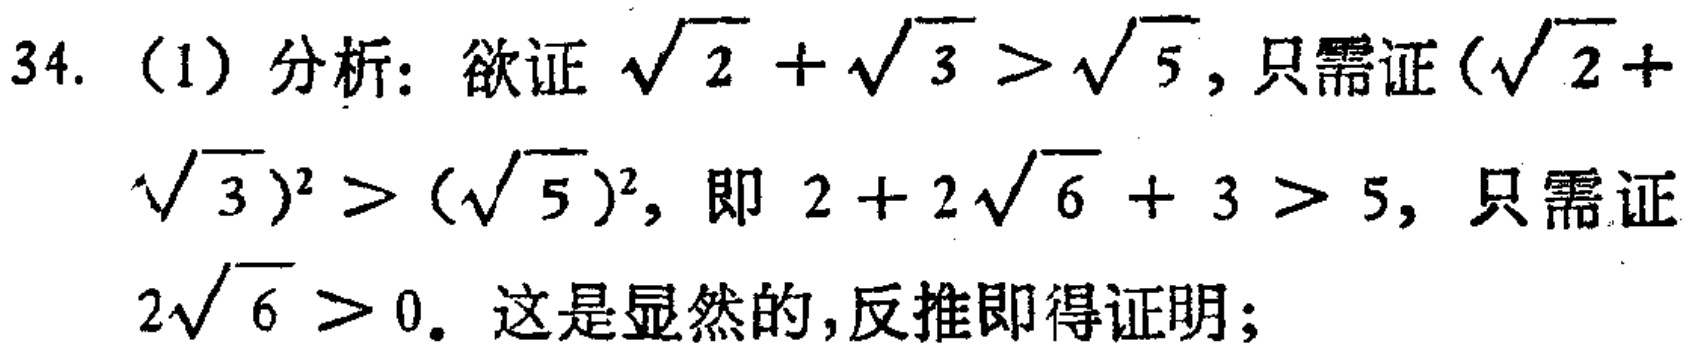
34. (1) 分析：欲证\(\sqrt{2}+\sqrt{3}>\sqrt{5}\)，只需证\((\sqrt{2}+ \sqrt{3})^2>(\sqrt{5})^2\)，即 \(2 + 2\sqrt{6}+ 3>5\)，只需证 \(2\sqrt{6}>0\)。这是显然的，反推即得证明；